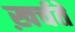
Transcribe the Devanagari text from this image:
ख़र्चते